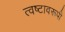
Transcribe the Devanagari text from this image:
त्वष्टावरूपी